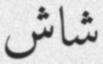
شاش